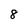
Character: 8